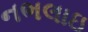
નભલાઇ